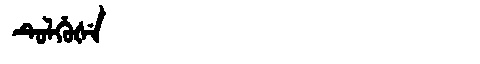
Manchu: ᡨᡠᠯᡥᡠᡧᡝ
Romanization: TULHUŠE